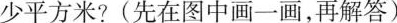
少平方米?(先在图中画一画，再解答)